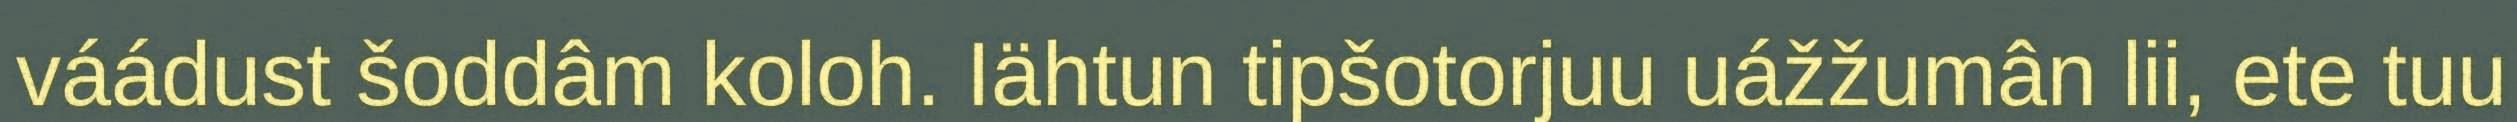
váádust šoddâm koloh. Iähtun tipšotorjuu uážžumân lii, ete tuu